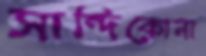
সান্দিকোনা